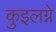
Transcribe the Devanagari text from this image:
कुइलग्ने